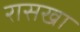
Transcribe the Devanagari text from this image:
रासखा